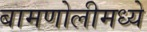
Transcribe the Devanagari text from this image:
बामणोलीमध्ये